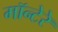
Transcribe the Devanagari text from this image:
मॉन्टेरे